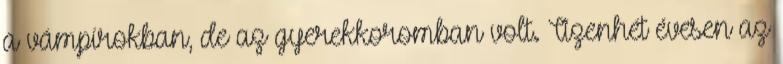
a vámpírokban, de az gyerekkoromban volt. Tizenhét évesen az